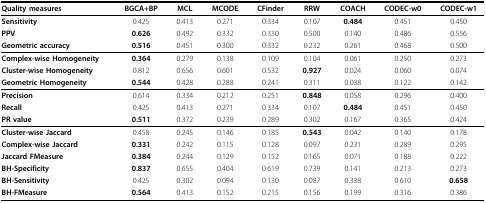
<table><thead><tr><td><b>Quality measures</b></td><td><b>BGCA+BP</b></td><td><b>MCL</b></td><td><b>MCODE</b></td><td><b>CFinder</b></td><td><b>RRW</b></td><td><b>COACH</b></td><td><b>CODEC-w0</b></td><td><b>CODEC-w1</b></td></tr></thead><tbody><tr><td><b>Sensitivity</b></td><td>0.425</td><td>0.413</td><td>0.271</td><td>0.334</td><td>0.107</td><td><b>0.484</b></td><td>0.451</td><td>0.450</td></tr><tr><td><b>PPV</b></td><td><b>0.626</b></td><td>0.492</td><td>0.332</td><td>0.330</td><td>0.500</td><td>0.140</td><td>0.486</td><td>0.556</td></tr><tr><td><b>Geometric accuracy</b></td><td><b>0.516</b></td><td>0.451</td><td>0.300</td><td>0.332</td><td>0.232</td><td>0.261</td><td>0.468</td><td>0.500</td></tr><tr><td><b>Complex-wise Homogeneity</b></td><td><b>0.364</b></td><td>0.279</td><td>0.138</td><td>0.109</td><td>0.104</td><td>0.061</td><td>0.250</td><td>0.273</td></tr><tr><td><b>Cluster-wise Homogeneity</b></td><td>0.812</td><td>0.656</td><td>0.601</td><td>0.532</td><td><b>0.927</b></td><td>0.024</td><td>0.060</td><td>0.074</td></tr><tr><td><b>Geometric Homogeneity</b></td><td><b>0.544</b></td><td>0.428</td><td>0.288</td><td>0.241</td><td>0.311</td><td>0.038</td><td>0.122</td><td>0.142</td></tr><tr><td><b>Precision</b></td><td>0.614</td><td>0.334</td><td>0.212</td><td>0.251</td><td><b>0.848</b></td><td>0.058</td><td>0.296</td><td>0.400</td></tr><tr><td><b>Recall</b></td><td>0.425</td><td>0.413</td><td>0.271</td><td>0.334</td><td>0.107</td><td><b>0.484</b></td><td>0.451</td><td>0.450</td></tr><tr><td><b>PR value</b></td><td><b>0.511</b></td><td>0.372</td><td>0.239</td><td>0.289</td><td>0.302</td><td>0.167</td><td>0.365</td><td>0.424</td></tr><tr><td><b>Cluster-wise Jaccard</b></td><td>0.458</td><td>0.245</td><td>0.146</td><td>0.185</td><td><b>0.543</b></td><td>0.042</td><td>0.140</td><td>0.178</td></tr><tr><td><b>Complex-wise Jaccard</b></td><td><b>0.331</b></td><td>0.242</td><td>0.115</td><td>0.128</td><td>0.097</td><td>0.231</td><td>0.289</td><td>0.295</td></tr><tr><td><b>Jaccard FMeasure</b></td><td><b>0.384</b></td><td>0.244</td><td>0.129</td><td>0.152</td><td>0.165</td><td>0.071</td><td>0.188</td><td>0.222</td></tr><tr><td><b>BH-Specificity</b></td><td><b>0.837</b></td><td>0.655</td><td>0.404</td><td>0.619</td><td>0.739</td><td>0.141</td><td>0.213</td><td>0.273</td></tr><tr><td><b>BH-Sensitivity</b></td><td>0.425</td><td>0.302</td><td>0.094</td><td>0.130</td><td>0.087</td><td>0.338</td><td>0.610</td><td><b>0.658</b></td></tr><tr><td><b>BH-FMeasure</b></td><td><b>0.564</b></td><td>0.413</td><td>0.152</td><td>0.215</td><td>0.156</td><td>0.199</td><td>0.316</td><td>0.386</td></tr></tbody></table>